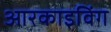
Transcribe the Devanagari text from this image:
आरकाइविंग